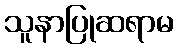
သူနာပြုဆရာမ